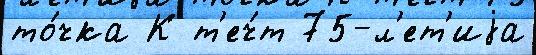
то́чка К т'еч́т 75-л'ет'иjа